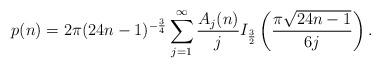
LaTeX: \begin{align*}p(n)= 2 \pi (24n-1)^{-\frac{3}{4}} \sum_{j =1}^{\infty}\frac{A_j(n)}{j} I_{\frac{3}{2}}\left( \frac{\pi\sqrt{24n-1}}{6j}\right).\end{align*}